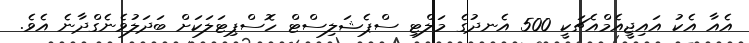
އެއާ އެކު އައިޖީއެމްއެޗަކީ 500 އެނދުގެ މަލްޓި ސްޕެޝަލިސްޓް ހޮސްޕިޓަލަކަށް ބަދަލުވެނެގްދާނެ އެވެ.